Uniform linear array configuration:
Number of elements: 24
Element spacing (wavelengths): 0.75
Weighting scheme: exponential
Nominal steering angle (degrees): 15
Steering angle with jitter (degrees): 14.535
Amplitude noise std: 0.05
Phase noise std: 0.05

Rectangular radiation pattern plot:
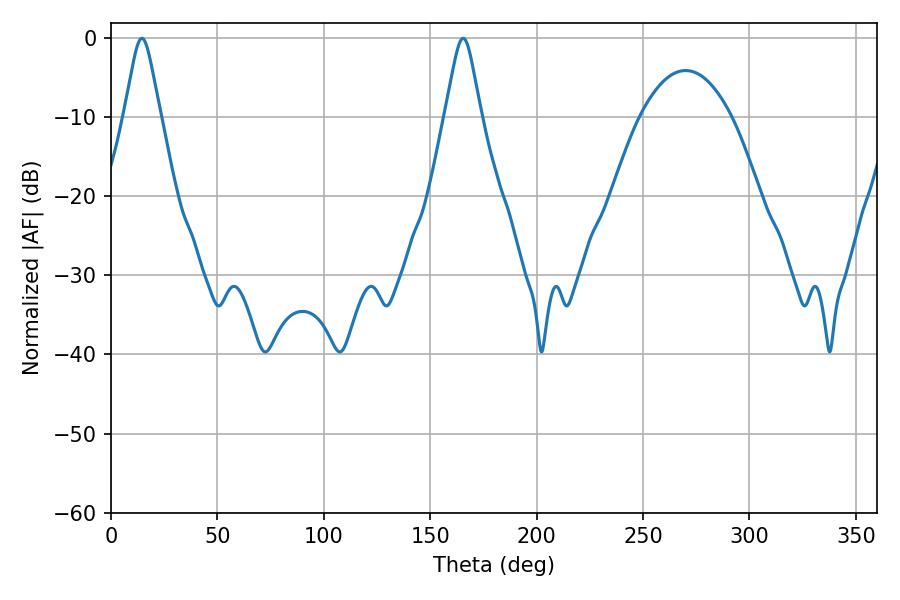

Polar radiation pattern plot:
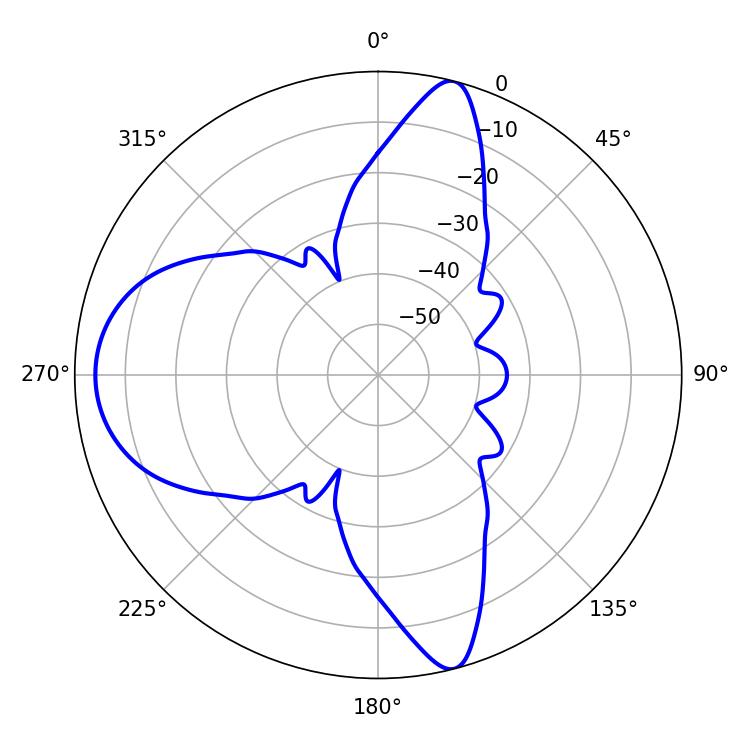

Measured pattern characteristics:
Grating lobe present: TRUE
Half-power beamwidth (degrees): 7.92
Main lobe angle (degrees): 14.58